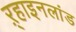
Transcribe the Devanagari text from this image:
ऱ्हाइनलांड